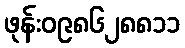
ဖုန်း၀၉၈၆၂၈၈၁၁